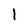
Character: l